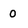
Character: 0